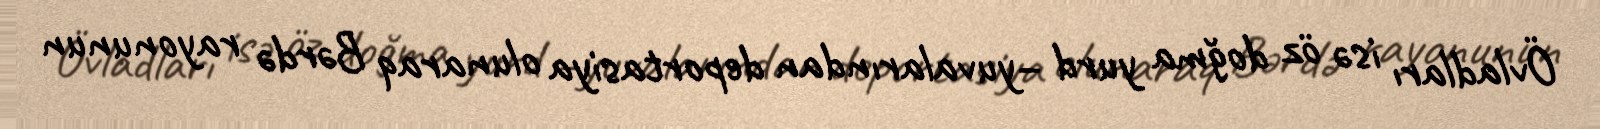
Övladları isə öz doğma yurd –yuvalarından deportasiya olunaraq Bərdə rayonunun